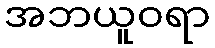
အဘယူဝရာ